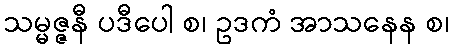
သမ္မဇ္ဇနီ ပဒီပေါ စ၊ ဥဒကံ အာသနေန စ၊